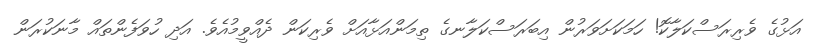
އަޅުގެ ވެރިރަސްކަލާކޮ! ހަމަކަށަވަރުން އިބަރަސްކަލާނގެ ތިމަންއަޅާއަށް ވެރިކަން ދެއްވީމުއެވެ. އަދި ހުވަފެންތައް މާނަކުރަން